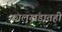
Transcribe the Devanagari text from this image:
कालखंडातही